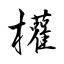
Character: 權